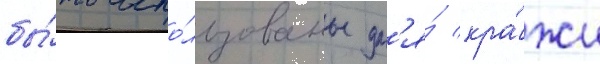
бы́ть испо́льзованы дл'я́ кра́жи